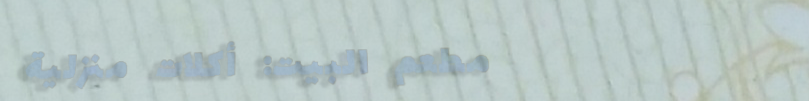
مطعم البيت: أكلات منزلية